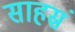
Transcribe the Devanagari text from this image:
साहस्रं